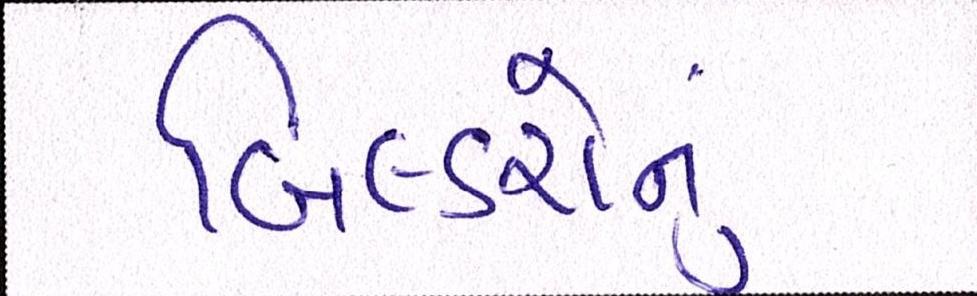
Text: બિલ્ડરોનું